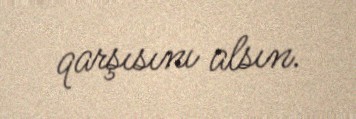
qarşısını alsın.